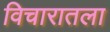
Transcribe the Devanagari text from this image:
विचारातला